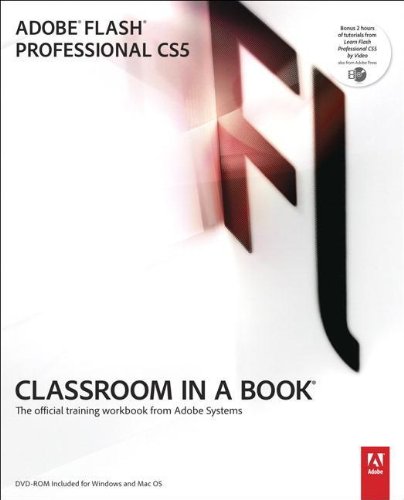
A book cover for Adobe Flash Professional CS5 Classroom in a Book; Adobe Creative Team; Computers & Technology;